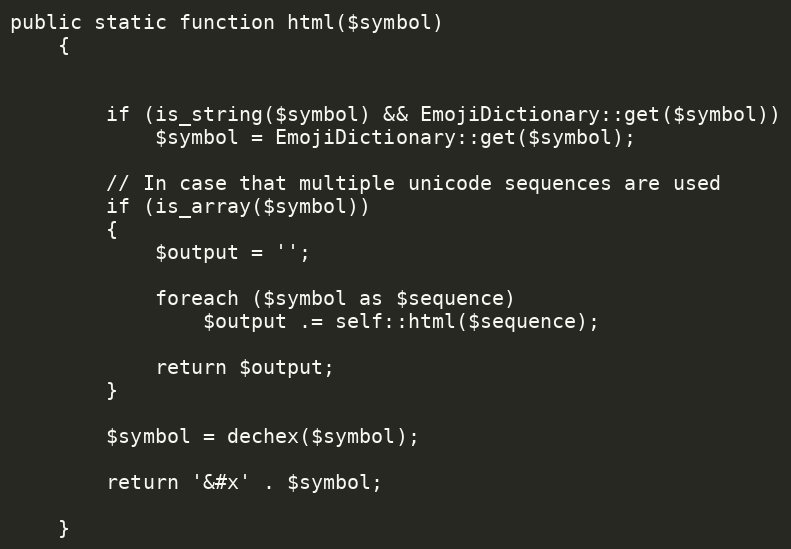
Language: PHP
public static function html($symbol)
    {

        if (is_string($symbol) && EmojiDictionary::get($symbol))
            $symbol = EmojiDictionary::get($symbol);

        // In case that multiple unicode sequences are used
        if (is_array($symbol))
        {
            $output = '';

            foreach ($symbol as $sequence)
                $output .= self::html($sequence);

            return $output;
        }

        $symbol = dechex($symbol);

        return '&#x' . $symbol;

    }